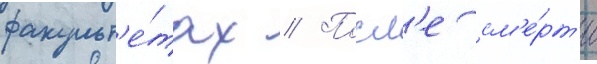
факульт'е́тах // Посл'е см'е́рт'и